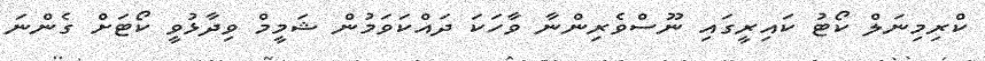
ކްރިމިނަލް ކޯޓު ކައިރީގައި ނޫސްވެރިންނާ ވާހަކަ ދައްކަވަމުން ޝަމީމް ވިދާޅުވީ ކޯޓަށް ގެންނަ